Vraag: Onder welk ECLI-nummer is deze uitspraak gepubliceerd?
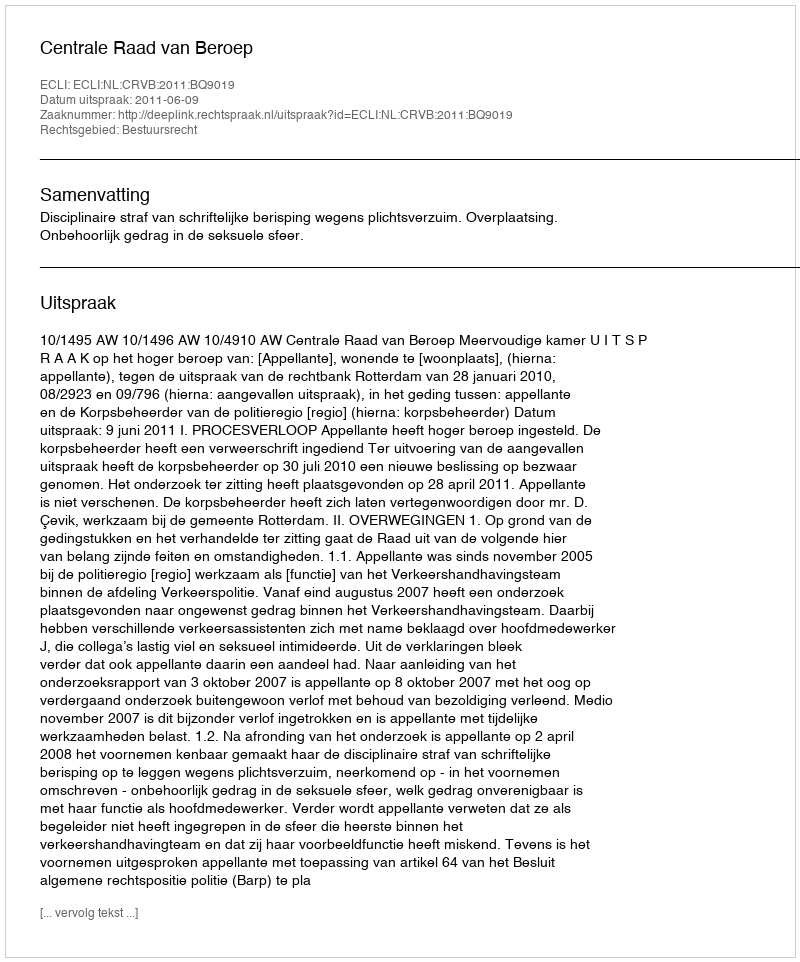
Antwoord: ECLI:NL:CRVB:2011:BQ9019